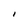
Character: 1